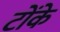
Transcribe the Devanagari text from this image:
टोंके